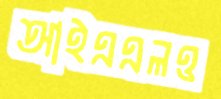
আইএএলও